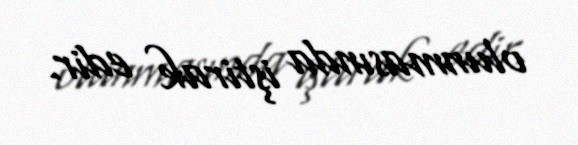
olunmasında iştirak edir.